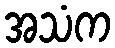
အသံက